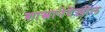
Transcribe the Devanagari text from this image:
शास्त्रानेदेखील